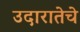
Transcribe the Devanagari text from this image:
उदारातेचे